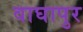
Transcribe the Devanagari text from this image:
वाघापुर